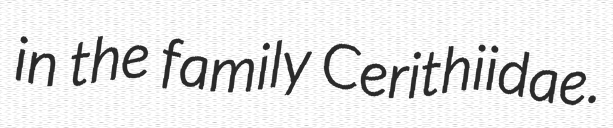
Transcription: in the family Cerithiidae.